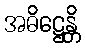
အဓိဋ္ဌေန္တိ